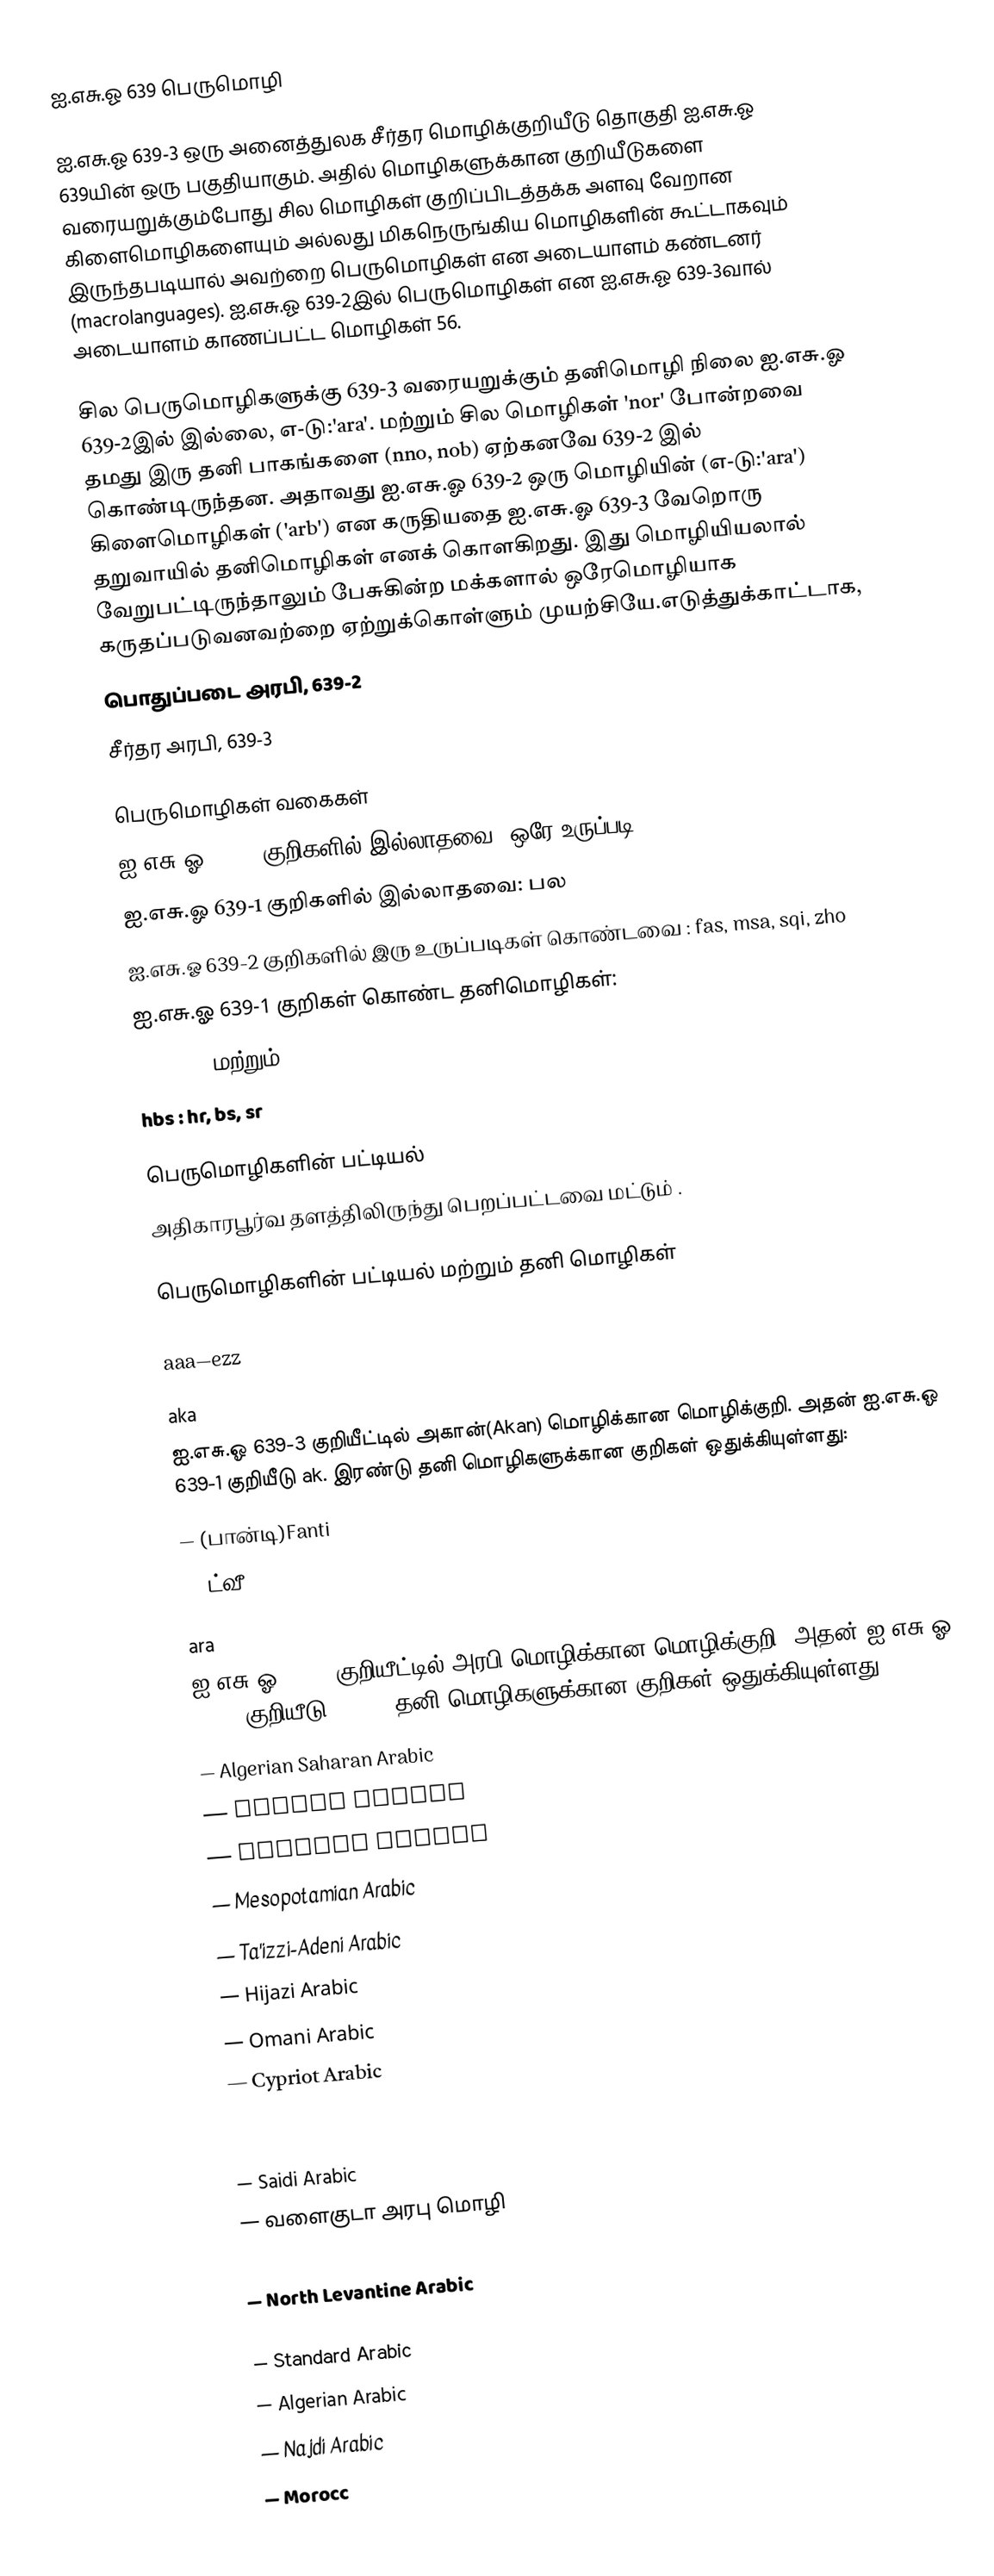
ஐ.எசு.ஓ 639 பெருமொழி

ஐ.எசு.ஓ 639-3 ஒரு அனைத்துலக சீர்தர மொழிக்குறியீடு தொகுதி ஐ.எசு.ஓ 639யின் ஒரு பகுதியாகும். அதில் மொழிகளுக்கான குறியீடுகளை வரையறுக்கும்போது சில மொழிகள் குறிப்பிடத்தக்க அளவு வேறான கிளைமொழிகளையும் அல்லது மிகநெருங்கிய மொழிகளின் கூட்டாகவும் இருந்தபடியால் அவற்றை பெருமொழிகள் என அடையாளம் கண்டனர் (macrolanguages). ஐ.எசு.ஓ 639-2இல் பெருமொழிகள் என ஐ.எசு.ஓ 639-3வால் அடையாளம் காணப்பட்ட மொழிகள் 56.

சில பெருமொழிகளுக்கு 639-3 வரையறுக்கும் தனிமொழி நிலை ஐ.எசு.ஓ 639-2இல் இல்லை, எ-டு:'ara'. மற்றும் சில மொழிகள் 'nor' போன்றவை தமது இரு தனி பாகங்களை (nno, nob) ஏற்கனவே 639-2 இல் கொண்டிருந்தன. அதாவது ஐ.எசு.ஓ 639-2 ஒரு மொழியின் (எ-டு:'ara') கிளைமொழிகள் ('arb') என கருதியதை  ஐ.எசு.ஓ 639-3 வேறொரு தறுவாயில் தனிமொழிகள் எனக் கொளகிறது. இது மொழியியலால் வேறுபட்டிருந்தாலும் பேசுகின்ற மக்களால் ஒரேமொழியாக கருதப்படுவனவற்றை ஏற்றுக்கொள்ளும் முயற்சியே.எடுத்துக்காட்டாக,
 பொதுப்படை அரபி, 639-2
 சீர்தர அரபி, 639-3

பெருமொழிகள் வகைகள்
 ஐ.எசு.ஓ 639-2 குறிகளில் இல்லாதவை: ஒரே உருப்படி: hbs
 ஐ.எசு.ஓ 639-1 குறிகளில் இல்லாதவை: பல
 ஐ.எசு.ஓ 639-2 குறிகளில் இரு உருப்படிகள் கொண்டவை : fas, msa, sqi, zho
 ஐ.எசு.ஓ 639-1 குறிகள் கொண்ட தனிமொழிகள்:
 nor : nn மற்றும் nb
 hbs : hr, bs, sr

பெருமொழிகளின் பட்டியல்
அதிகாரபூர்வ தளத்திலிருந்து பெறப்பட்டவை மட்டும் .

பெருமொழிகளின் பட்டியல் மற்றும் தனி மொழிகள்

aaa—ezz

aka
  ஐ.எசு.ஓ 639-3 குறியீட்டில் அகான்(Akan) மொழிக்கான மொழிக்குறி. அதன் ஐ.எசு.ஓ 639-1 குறியீடு ak. இரண்டு தனி மொழிகளுக்கான குறிகள் ஒதுக்கியுள்ளது:
  — (பான்டி)Fanti
  — (ட்வீ)Twi

ara
 ஐ.எசு.ஓ 639-3 குறியீட்டில் அரபி மொழிக்கான மொழிக்குறி. அதன் ஐ.எசு.ஓ 639-1 குறியீடு ar. 30 தனி மொழிகளுக்கான குறிகள் ஒதுக்கியுள்ளது:
  — Algerian Saharan Arabic
  — Tajiki Arabic
  — Baharna Arabic
  — Mesopotamian Arabic
  — Ta'izzi-Adeni Arabic
  — Hijazi Arabic
  — Omani Arabic
  — Cypriot Arabic
  — Dhofari Arabic
  — Tunisian Arabic
  — Saidi Arabic
  — வளைகுடா அரபு மொழி
  — South Levantine Arabic
  — North Levantine Arabic
  — Sudanese Arabic
  — Standard Arabic
  — Algerian Arabic
  — Najdi Arabic
  — Morocc